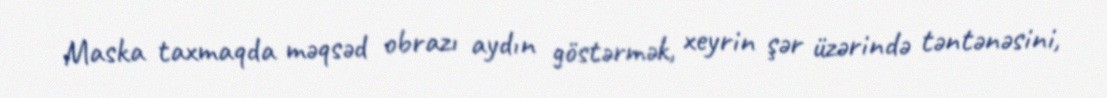
Maska taxmaqda məqsəd obrazı aydın göstərmək, xeyrin şər üzərində təntənəsini,